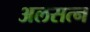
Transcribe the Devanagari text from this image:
अलसत्न